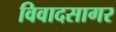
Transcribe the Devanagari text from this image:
विवादसागर